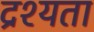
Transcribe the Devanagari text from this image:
द्रश्यता